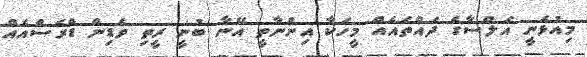
މިއުޅެނީ އަލްސާގެ ދައްތައެއް މީހަކާ އިންނާތީ އޭނާ ބުނީ ރީތި ވެޑިން ޑްރެސްއެއް